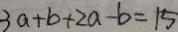
3 a + b + 2 a - b = 1 5